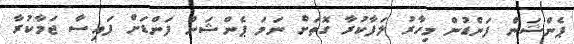
ޕެންޝަން ފަންޑުން މިހާރު ލަފާކުރާ ގޮތަށް ނަމަ ޕެންޝަން ފަންޑަށް ފައިސާ ޖަމާކުރާ